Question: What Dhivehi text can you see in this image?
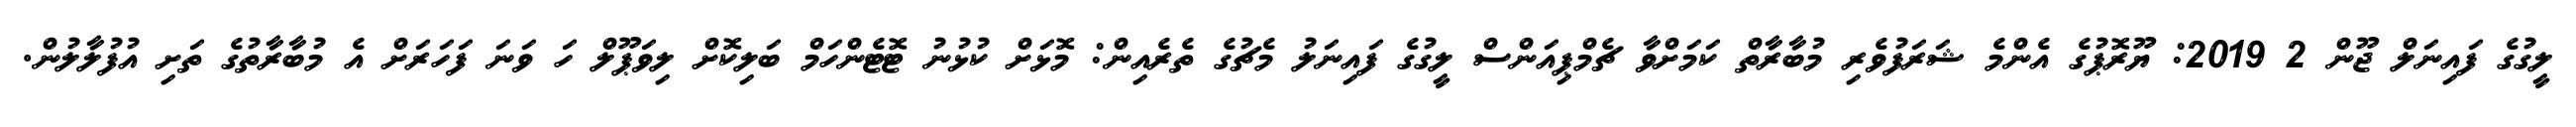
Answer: ލީގުގެ ފައިނަލް ޖޫން 2 2019: ޔޫރޮޕުގެ އެންމެ ޝަރަފުވެރި މުބާރާތް ކަމަށްވާ ޗެމްޕިއަންސް ލީގުގެ ފައިނަލު މެޗުގެ ތެރެއިން: މޮޅަށް ކުޅުނު ޓޮޓެންހަމް ބަލިކޮށް ލިވަޕޫލް ހަ ވަނަ ފަހަރަށް އެ މުބާރާތުގެ ތަށި އުފުލާލުން.